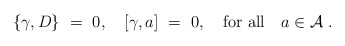
\begin{align*}\{ \gamma, D\}\ = \ 0, \quad [\gamma, a] \ = \ 0, \quad {\rm for \ all} \quad a \in {\mathcal A} \ .\end{align*}